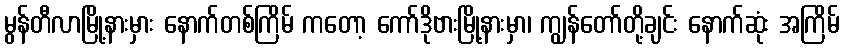
မွန်တီလာမြို့နားမှား နောက်တစ်ကြိမ် ကတော့ ကော်ဒိုဗားမြို့နားမှာ၊ ကျွန်တော်တို့ချင်း နောက်ဆုံး အကြိမ်